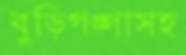
বুড়িগঙ্গাসহ